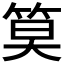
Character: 𫂁